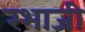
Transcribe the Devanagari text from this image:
रभाजी